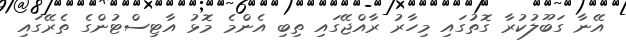
އޭނާ ގަބޫލުކުރާ ގޮތުގައި މިހާރު ރާއްޖޭގައި ތިބި އެންމެ މޮޅު އާޓިސްޓުންގެ ތެރޭގައި